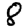
Digit: 8